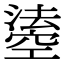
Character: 𤀢